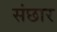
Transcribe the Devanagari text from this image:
संछार